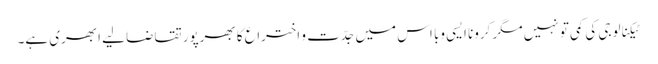
ٹیکنالوجی کی کمی تو نہیں مگر کرونا ایسی وَبا اس میں جدّت و اختراع کا بھرپور تقاضا لیے ابھری ہے۔